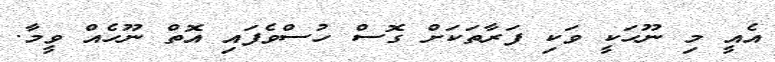
އެއީ މި ނޫހަކީ ވަކި ފަރާތަކަށް ގޮސް ހުސްވެފައި އޮތް ނޫހެއް ވީމާ.